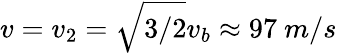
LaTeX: v=v_{2}=\sqrt{3/2}v_{b}\approx 97~m/s